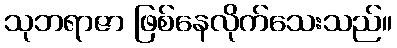
သုဘရာဇာ ဖြစ်နေလိုက်သေးသည်။